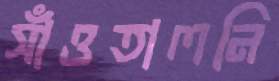
সাঁওতালনি